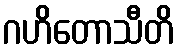
ဂဟိတောသီတိ